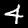
Label: 4